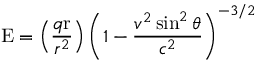
\mathrm { E } = \left( { \frac { q \mathrm { r } } { r ^ { 2 } } } \right) \left( 1 - { \frac { v ^ { 2 } \sin ^ { 2 } \theta } { c ^ { 2 } } } \right) ^ { - 3 / 2 }